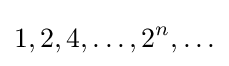
1,2,4,\ldots ,2^{n},\ldots